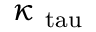
\boldsymbol { \kappa } _ { \mathrm { \ t a u } }